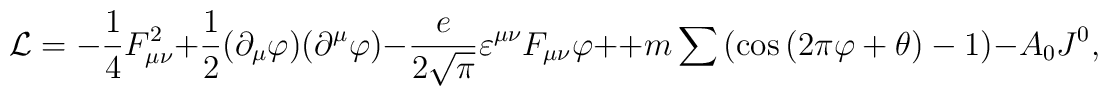
{\cal L} =  - \frac{1}{4}F_{\mu \nu }^2  + \frac{1}{2}(\partial_\mu \varphi )(\partial ^\mu  \varphi ) - \frac{e}{{2\sqrt \pi}}\varepsilon ^{\mu \nu } F_{\mu \nu } \varphi  +   + m\sum \left({\cos \left( {2\pi \varphi  + \theta } \right) - 1} \right) - A_0J^0 ,